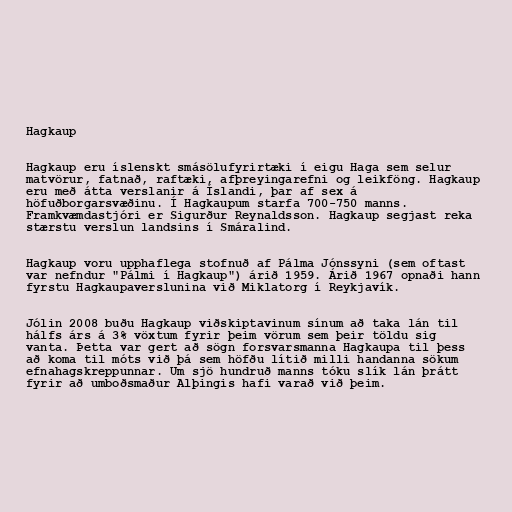
Hagkaup

Hagkaup eru íslenskt smásölufyrirtæki í eigu Haga sem selur
matvörur, fatnað, raftæki, afþreyingarefni og leikföng. Hagkaup
eru með átta verslanir á Íslandi, þar af sex á
höfuðborgarsvæðinu. Í Hagkaupum starfa 700-750 manns.
Framkvæmdastjóri er Sigurður Reynaldsson. Hagkaup segjast reka
stærstu verslun landsins í Smáralind.

Hagkaup voru upphaflega stofnuð af Pálma Jónssyni (sem oftast
var nefndur "Pálmi í Hagkaup") árið 1959. Árið 1967 opnaði hann
fyrstu Hagkaupaverslunina við Miklatorg í Reykjavík.

Jólin 2008 buðu Hagkaup viðskiptavinum sínum að taka lán til
hálfs árs á 3% vöxtum fyrir þeim vörum sem þeir töldu sig
vanta. Þetta var gert að sögn forsvarsmanna Hagkaupa til þess
að koma til móts við þá sem höfðu lítið milli handanna sökum
efnahagskreppunnar. Um sjö hundruð manns tóku slík lán þrátt
fyrir að umboðsmaður Alþingis hafi varað við þeim.